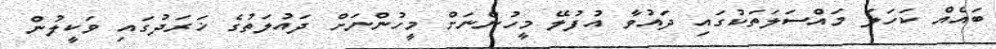
ބައެއް ކަހަލަ މައްސަލަތަކުގައި ދައުވާ އުފުލޭ މީހުންނަށް މީހުންނަށް ދައުލަތުގެ ޚަރަދުގައި ވަކީލުން